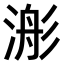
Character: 𣹊